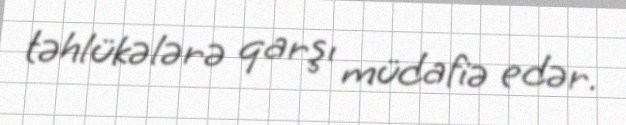
təhlükələrə qarşı müdafiə edər.